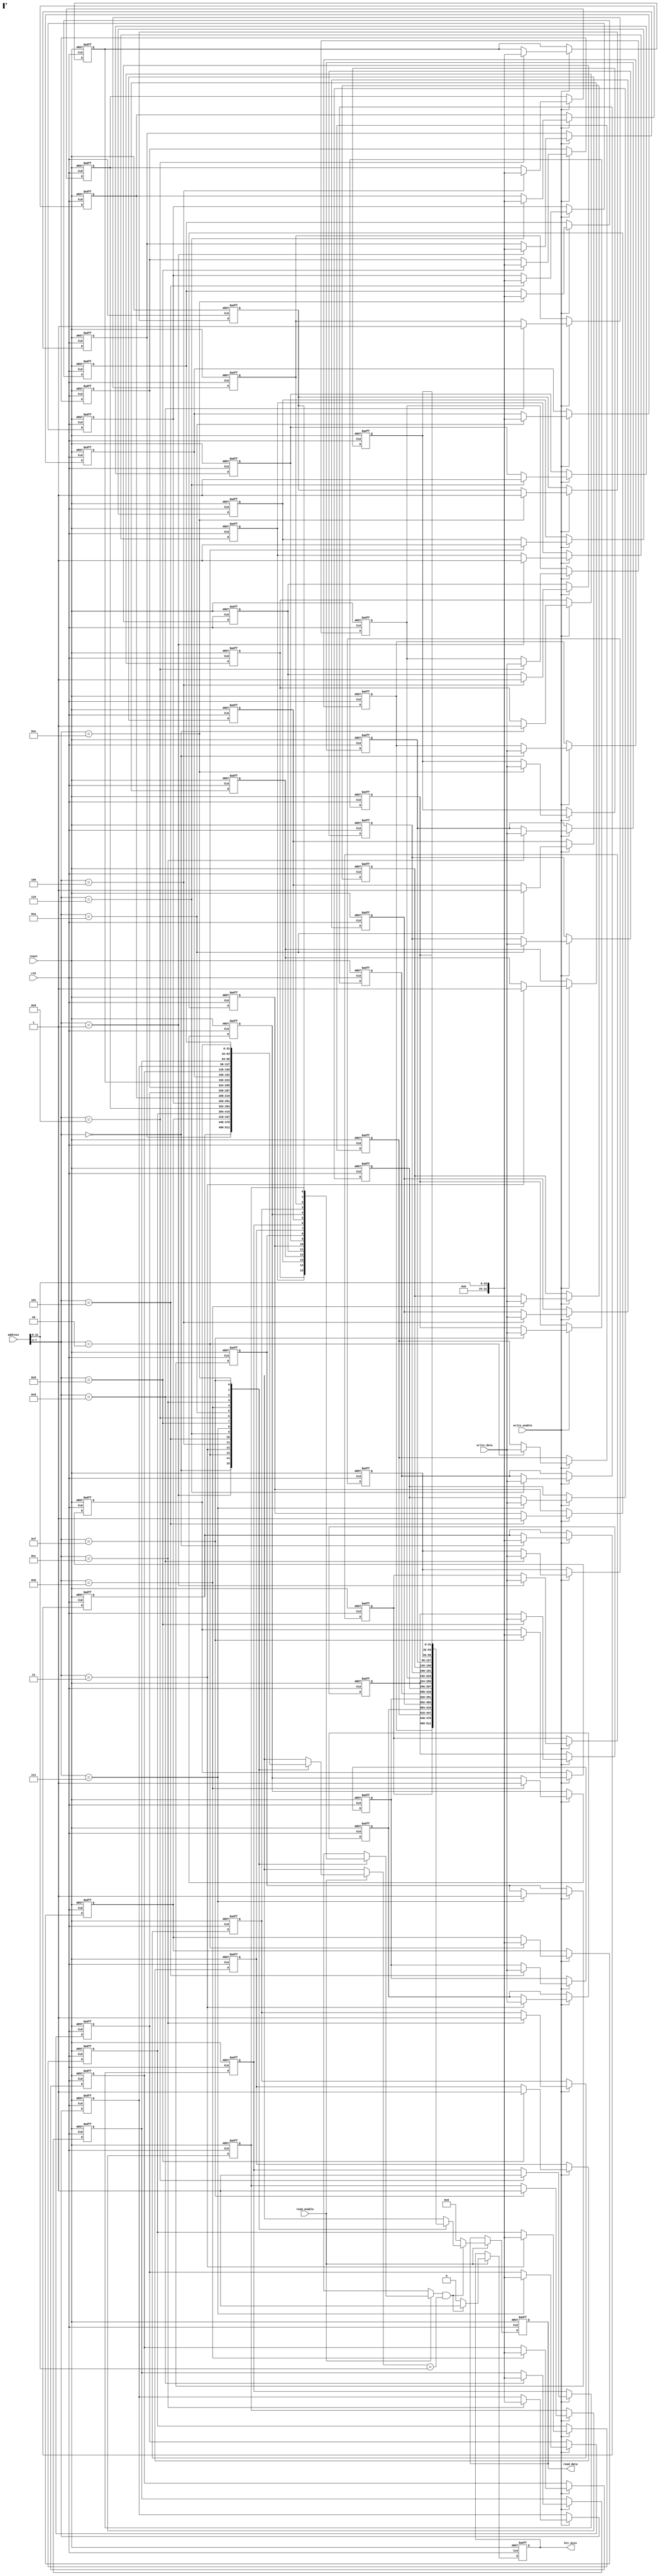
module DirectMappedCache #(
    parameter CACHE_SIZE = 16, // Number of cache lines
    parameter BLOCK_SIZE = 4    // Size of each block in bytes
)(
    input wire clk,
    input wire reset,
    input wire [31:0] address,          // Memory address input
    input wire [31:0] write_data,       // Data to write (for write operations)
    input wire read_enable,              // Read operation control signal
    input wire write_enable,             // Write operation control signal
    output reg [31:0] read_data,        // Data output for read operation
    output reg hit_miss                  // Hit (1) or Miss (0) indicator
);

    // Cache line structure
    reg [31:0] cache_data [0:CACHE_SIZE-1]; // Data storage
    reg [31:0] cache_tag [0:CACHE_SIZE-1];  // Tag storage
    reg cache_valid [0:CACHE_SIZE-1];       // Valid bits

    // Address decoding
    wire [31:0] tag = address[31:8]; // Upper bits for tag
    wire [3:0] index = address[7:4]; // Index to access cache line
    wire [3:0] block_offset = address[3:0]; // Block offset (not used in this example)

    // Initialization logic
    integer i;
    always @(posedge clk or posedge reset) begin
        if (reset) begin
            for (i = 0; i < CACHE_SIZE; i = i + 1) begin
                cache_valid[i] <= 1'b0; // Invalidate all cache lines
                cache_tag[i] <= 32'b0;   // Clear tags
                cache_data[i] <= 32'b0;  // Clear data
            end
            read_data <= 32'b0; // Clear read data
            hit_miss <= 1'b0;   // Clear hit/miss indicator
        end else begin
            // Read operation
            if (read_enable) begin
                if (cache_valid[index] && (cache_tag[index] == tag)) begin
                    // Cache hit
                    read_data <= cache_data[index];
                    hit_miss <= 1'b1; // Hit
                end else begin
                    // Cache miss
                    read_data <= 32'b0; // Read data is undefined on miss
                    hit_miss <= 1'b0;   // Miss
                end
            end

            // Write operation
            if (write_enable) begin
                // Write data to cache
                cache_data[index] <= write_data; // Write new data
                cache_tag[index] <= tag;          // Update tag
                cache_valid[index] <= 1'b1;       // Set valid bit
            end
        end
    end

endmodule